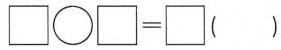
$$\Box \bigcirc \Box = \Box$$()